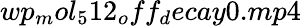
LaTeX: wp_{m}ol_{5}12_{o}ff_{d}ecay0.mp4